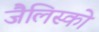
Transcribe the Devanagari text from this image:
जैलिस्को